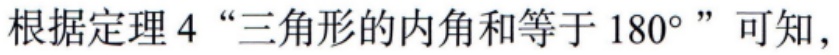
根据定理 4 “三角形的内角和等于 \(180^{\circ}\)” 可知，